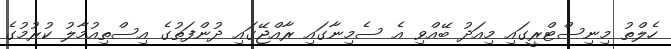
ހެލްތު މިނިސްޓްރީގައި މިއަދު ބޭއްވި އެ ސެމިނާގައި ރާއްޖޭގައި ދުންފަތުގެ އިސްތިއުމާލު ކުރުމުގެ